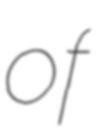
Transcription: of